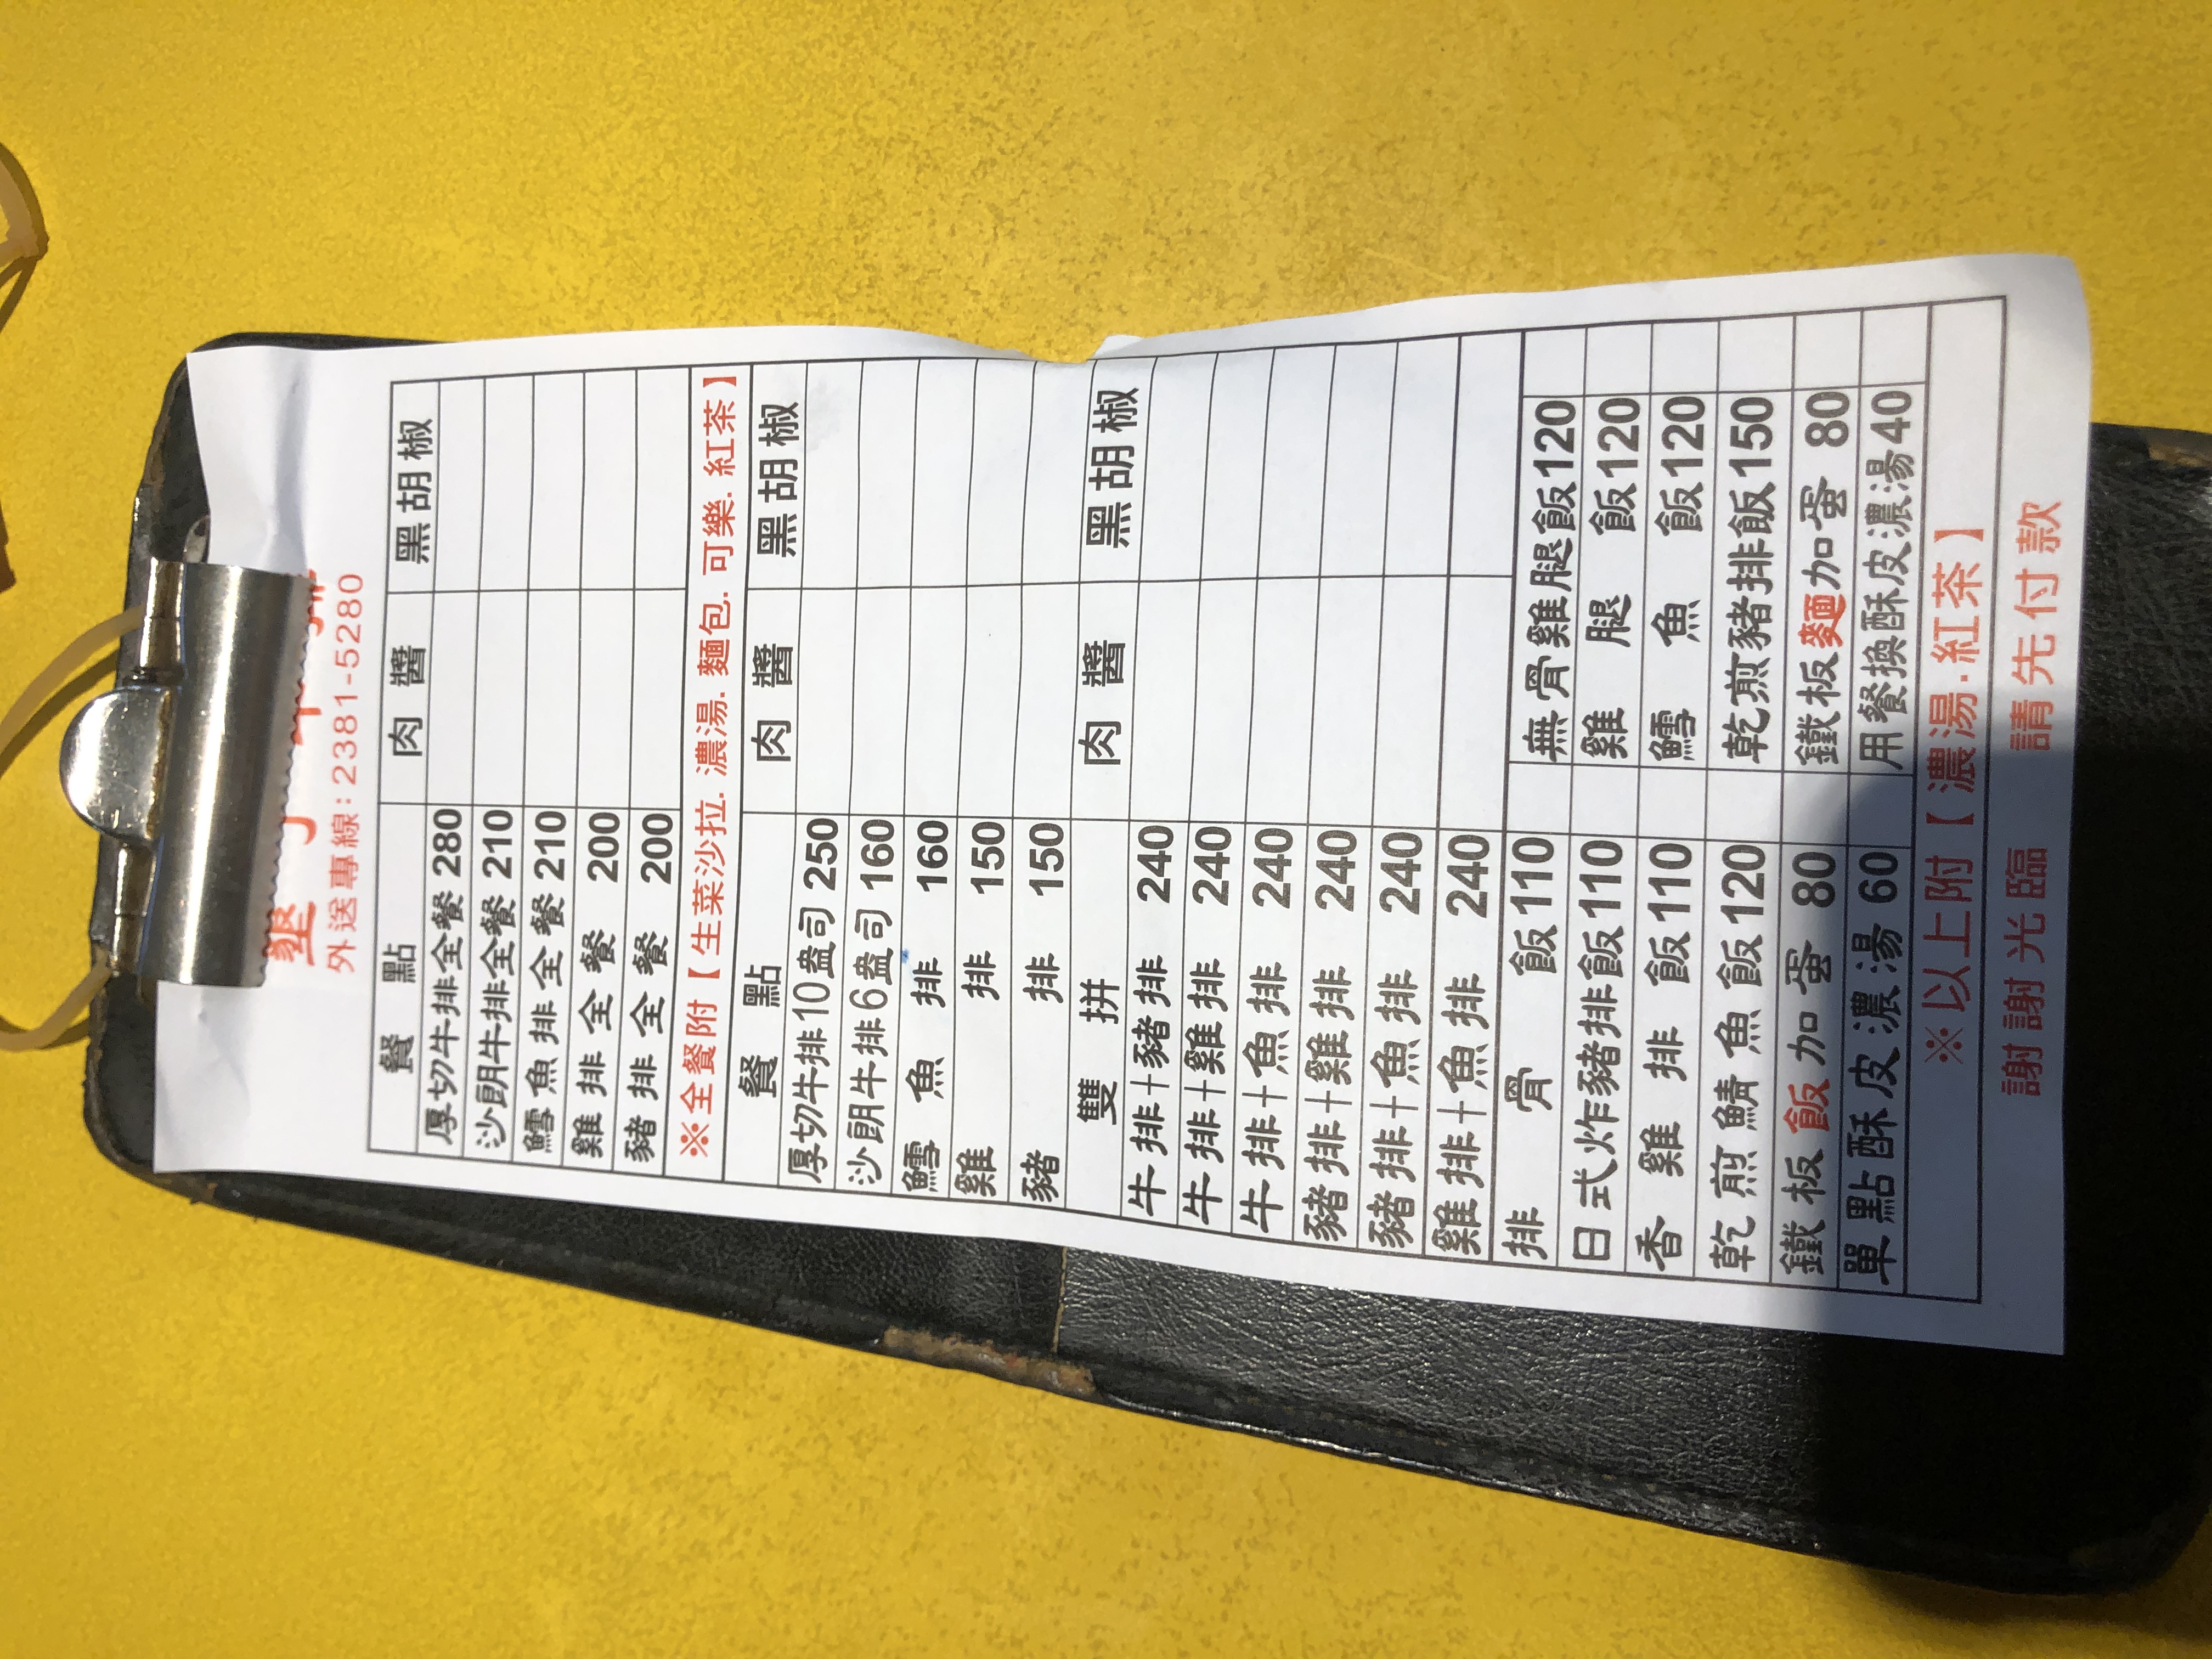
電話：2381-5280
菜單：
name: 厚切牛排全餐
price: 280
name: 沙朗牛排全餐
price: 210
name: 雞排全餐
price: 200
name: 豬排全餐
price: 200
name: 魚排全餐
price: 200
name: 厚切牛排10盎司
price: 250
name: 沙朗牛排6盎司
price: 160
name: 雞排
price: 160
name: 魚排
price: 150
name: 豬排
price: 150
name: 牛排+豬排
price: 240
name: 牛排+雞排
price: 240
name: 牛排+魚排
price: 240
name: 豬排+雞排
price: 240
name: 豬排+魚排
price: 240
name: 雞排+魚排
price: 240
name: 日式炸雞腿飯
price: 110
name: 香煎雞腿飯
price: 110
name: 乾煎鯖魚飯
price: 120
name: 鐵板豬排飯
price: 150
name: 鐵板墨魚加蛋
price: 80
name: 單點酥皮濃湯
price: 60